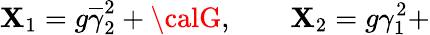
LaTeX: \mathbf{X}_{1}=g\overline{{{{\gamma}}}}_{2}^{2}+{\calG},\qquad\mathbf{X}_{2}=g\gamma_{1}^{2}+